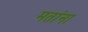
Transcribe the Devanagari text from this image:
मतांना